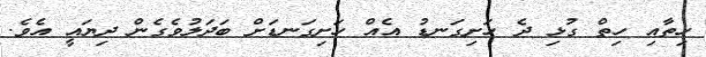
ހިތާއި ހިތް ގުޅި ދެ ހަށިގަނޑު އެއް ހަށިގަނޑަށް ބަދަލުވެގެން ދިޔައީ އެވެ.